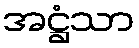
အဋ္ဌံသာ